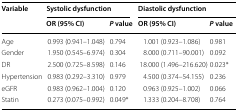
<table><thead><tr><td rowspan="2"><b>Variable</b></td><td colspan="2"><b>Systolic dysfunction</b></td><td colspan="2"><b>Diastolic dysfunction</b></td></tr><tr><td><b>OR (95% CI)</b></td><td><b><i>P</i> value</b></td><td><b>OR (95% CI)</b></td><td><b><i>P</i> value</b></td></tr></thead><tbody><tr><td>Age</td><td>0.993 (0.941–1.048)</td><td>0.794</td><td>1.001 (0.923–1.086)</td><td>0.981</td></tr><tr><td>Gender</td><td>1.950 (0.545–6.974)</td><td>0.304</td><td>8.000 (0.711–90.001)</td><td>0.092</td></tr><tr><td>DR</td><td>2.500 (0.725–8.598)</td><td>0.146</td><td>18.000 (1.496–216.620)</td><td>0.023*</td></tr><tr><td>Hypertension</td><td>0.983 (0.292–3.310)</td><td>0.979</td><td>4.500 (0.374–54.155)</td><td>0.236</td></tr><tr><td>eGFR</td><td>0.983 (0.962–1.004)</td><td>0.120</td><td>0.963 (0.925–1.002)</td><td>0.066</td></tr><tr><td>Statin</td><td>0.273 (0.075–0.992)</td><td>0.049*</td><td>1.333 (0.204–8.708)</td><td>0.764</td></tr></tbody></table>